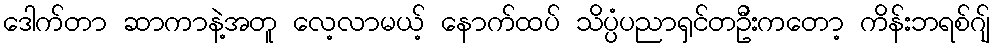
ဒေါက်တာ ဆာကာနဲ့အတူ လေ့လာမယ့် နောက်ထပ် သိပ္ပံပညာရှင်တဦးကတော့ ကိန်းဘရစ်ဂျ်